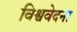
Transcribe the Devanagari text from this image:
विश्ववेदना